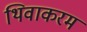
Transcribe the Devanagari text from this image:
थिवाकरम